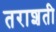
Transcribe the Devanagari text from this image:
तराशती